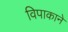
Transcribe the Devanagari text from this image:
विपाकाने